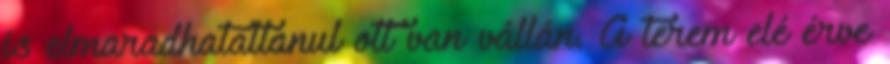
is elmaradhatatlanul ott van vállán. A terem elé érve